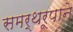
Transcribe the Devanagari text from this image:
समर्थरूपाने